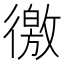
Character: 徼